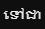
ទៅជា